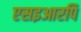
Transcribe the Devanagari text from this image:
एसइआरपि